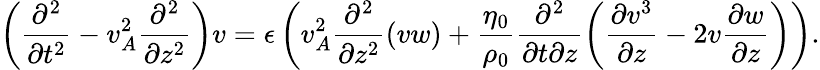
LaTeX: \left(\frac{\partial^{2}}{\partial t^{2}}-v_{A}^{2}\frac{\partial^{2}}{\partial z^{2}}\right)v=\epsilon\left(v_{A}^{2}\frac{\partial^{2}}{\partial z^{2}}(vw)+\frac{\eta_{0}}{\rho_{0}}\frac{\partial^{2}}{\partial t\partial z}\left(\frac{\partial v^{3}}{\partial z}-2v\frac{\partial w}{\partial z}\right)\right).